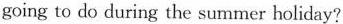
going to do during the summer holiday?